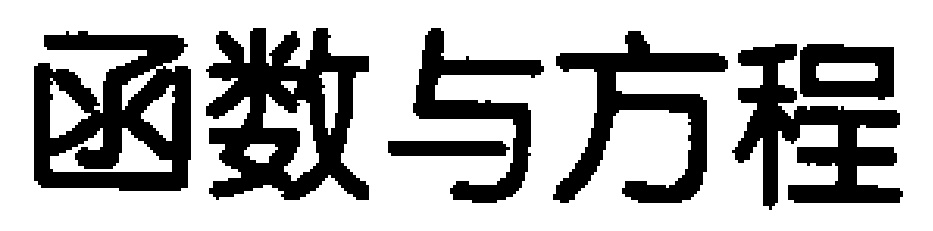
函数与方程